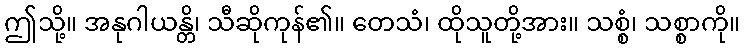
ဤသို့။ အနုဂါယန္တိ၊ သီဆိုကုန်၏။ တေသံ၊ ထိုသူတို့အား။ သစ္စံ၊ သစ္စာကို။